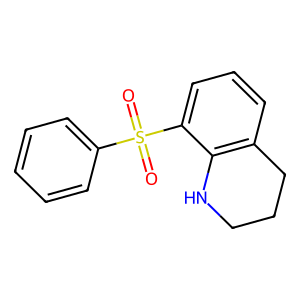
SMILES: O=S(=O)(c1ccccc1)c1cccc2c1NCCC2
Inhibits HIV replication: Yes